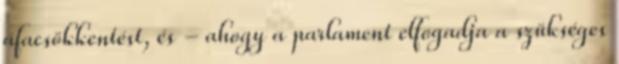
áfacsökkentést, és - ahogy a parlament elfogadja a szükséges